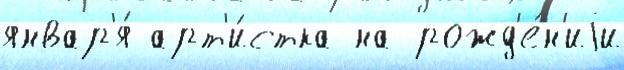
январ'я́ арт'и́стка на рожд'е́н'иjи